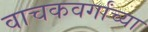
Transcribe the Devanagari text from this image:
वाचकवर्गांच्या